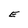
Character: E